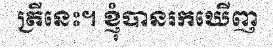
ត្រីនេះ។ ខ្ញុំបានរកឃើញ